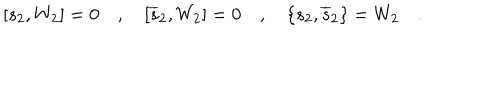
[ s _ { 2 } , W _ { 2 } ] = 0 \quad , \quad [ \overline { { { s } } } _ { 2 } , W _ { 2 } ] = 0 \quad , \quad \{ s _ { 2 } , \overline { { { s } } } _ { 2 } \} = W _ { 2 } \quad .